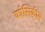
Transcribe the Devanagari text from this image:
कोसिकीय